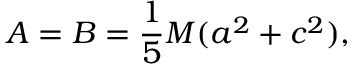
A = B = { \frac { 1 } { 5 } } M ( a ^ { 2 } + c ^ { 2 } ) ,